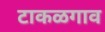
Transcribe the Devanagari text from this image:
टाकळगाव